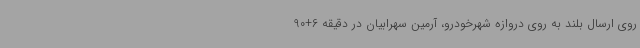
روی ارسال بلند به روی دروازه شهرخودرو، آرمین سهرابیان در دقیقه 6+90